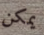
يمكن